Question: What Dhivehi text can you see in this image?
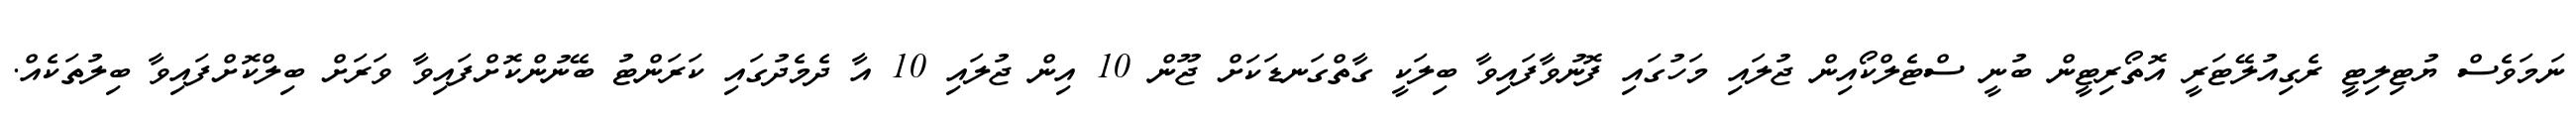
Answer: ނަމަވެސް ޔުޓިލިޓީ ރެގިއުލޭޓަރީ އޮތޯރިޓީން ބުނީ ސްޓެލްކޯއިން ޖުލައި މަހުގައި ފޮނުވާފައިވާ ބިލަކީ ގާތްގަނޑަކަށް ޖޫން 10 އިން ޖުލައި 10 އާ ދެމެދުގައި ކަރަންޓު ބޭނުންކޮށްފައިވާ ވަރަށް ބިލްކޮށްފައިވާ ބިލުތަކެއް.